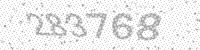
Solution: 283768